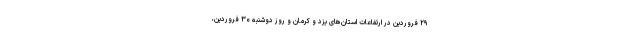
۲۹ فروردین در ارتفاعات استان‌های یزد و کرمان و روز دوشنبه ۳۰ فروردین،